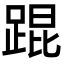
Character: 𬦸